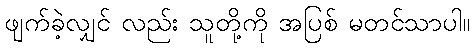
ဖျက်ခဲ့လျှင် လည်း သူတို့ကို အပြစ် မတင်သာပါ။